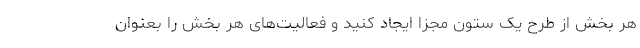
هر بخش از طرح یک ستون مجزا ایجاد کنید و فعالیت‌های هر بخش را بعنوان